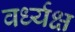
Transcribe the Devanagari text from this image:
वर्ध्यक्ष